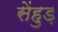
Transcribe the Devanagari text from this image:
सेंहुड़